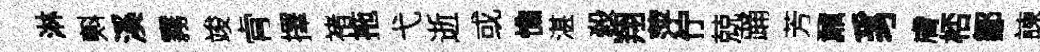
淋㪺溪霧竣肻擇褚拖弋逝或憔湛殺翔萍佇兢踊芳鼐豸膚桮鄒諫